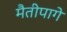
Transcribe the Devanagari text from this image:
मैतीपागे